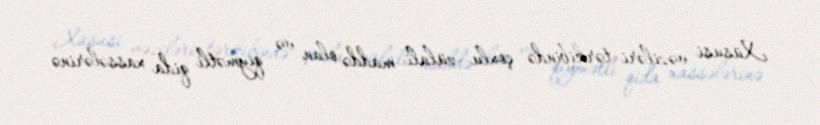
Xüsusi vəziləri tərkibində çoxlu zülali maddə olan və qiymətli qida xassələrinə